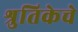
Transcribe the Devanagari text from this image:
श्रुतिकेचे